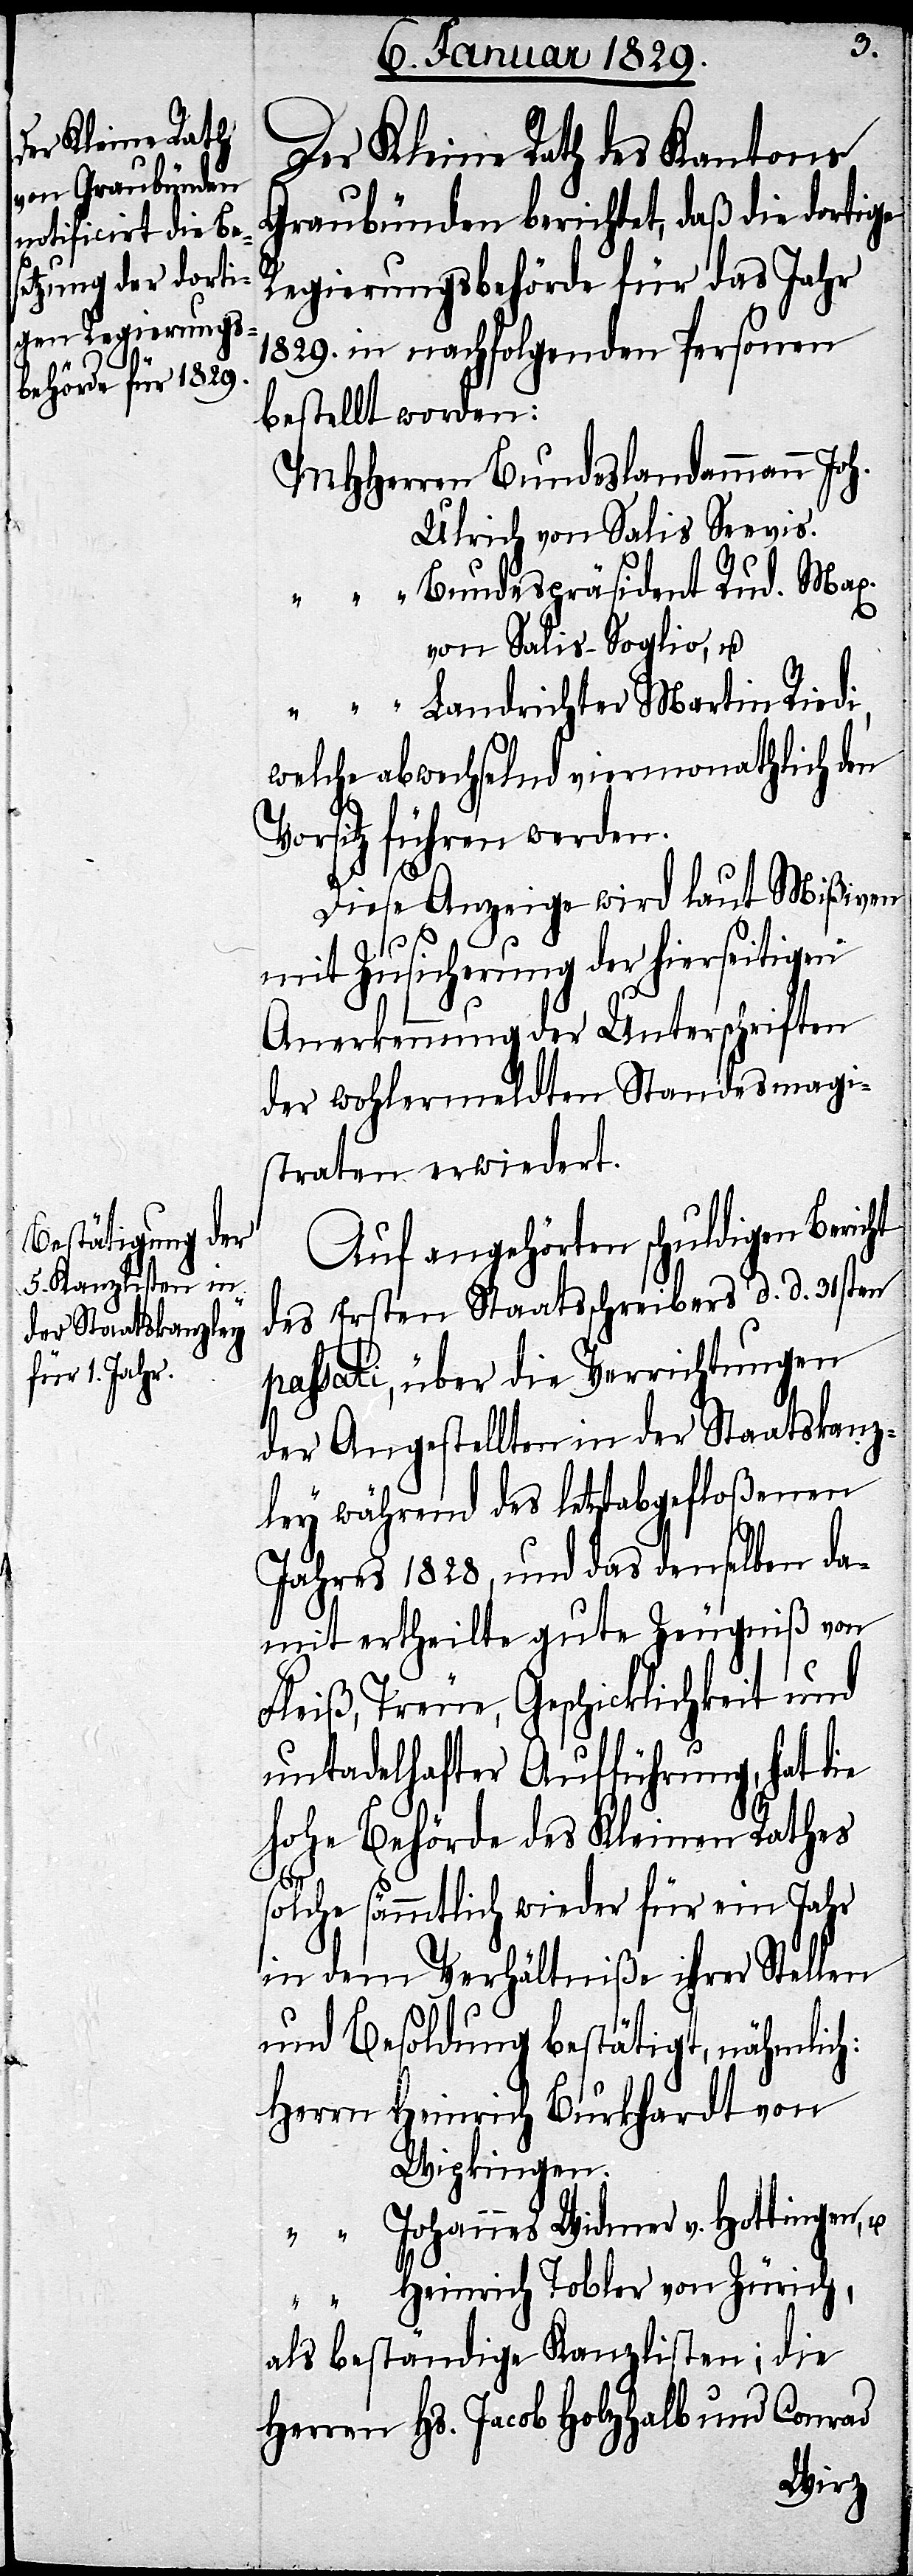
Der Kleine Rath des Kantons
Graubünden berichtet, daß die dortige
Regierungsbehörde für das Jahr
1829. in nachfolgenden Personen
bestellt worden:
MHHerren Bundeslandammann Joh.
Ulrich von Salis Seevis.
“ “ “ Bundespräsident Rud. Max.
von Salis-Soglio, u.
“ “ Landrichter Martin Riedi,
welche abwechselnd viermonathlich den
Vorsitz führen werden.
Diese Anzeige wird laut Mißiven
mit Zusicherung der hierseitigen
Anerkennung der Unterschriften
der wohlermeldten Standesmagi¬
straten erwiedert.
Auf angehörten schuldigen Bericht
des Ersten Staatsschreibers d. d. 31sten
passati, über die Verrichtungen
der Angestellten in der Staatskanz¬
ley während des letztabgefloßenen
Jahres 1828, und das denselben da¬
mit ertheilte gute Zeugniß von
Fleiß, Treue, Geschicklichkeit und
untadelhafter Aufführung, hat die
hohe Behörde des Kleinen Rathes
solche sämmtlich wieder für ein Jahr
in dem Verhältniße ihrer Stellen
und Besoldung bestätigt, nähmlich:
Herrn Heinrich Burkhardt von
Wipkingen.
“ Johannes Widmer v. Hottingen, u.
“ Heinrich Tobler von Zürich,
als beständige Kanzlisten; die
Herren Hs. Jacob Holzhalb und Conrad